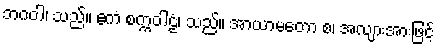
ဘဂဝါ၊ သည်။ ဧကံ စက္ကဝါဠံ၊ သည်။ အာယာမတော စ၊ အလျားအားဖြင့်